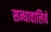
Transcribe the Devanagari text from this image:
सन्धावालिये